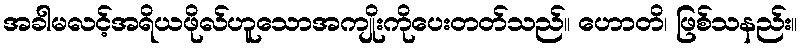
အခါမလင့်အရိယဖိုလ်ဟူသောအကျိုးကိုပေးတတ်သည်။ ဟောတိ၊ ဖြစ်သနည်း။